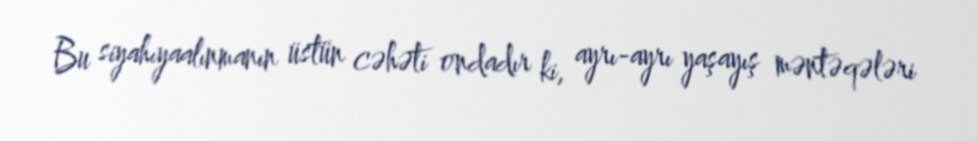
Bu siyahıyaalınmanın üstün cəhəti ondadır ki, ayrı-ayrı yaşayış məntəqələri